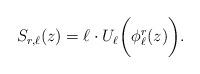
LaTeX: \begin{align*} S_{r,\ell}(z)=\ell\cdot U_{\ell}\bigg(\phi_{\ell}^r(z)\bigg).\end{align*}